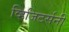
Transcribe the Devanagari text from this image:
व्हिजिटर्सनी